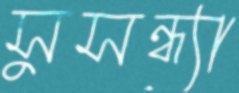
সুসন্ধ্যা